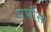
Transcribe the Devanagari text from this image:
पपौसा